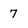
Character: 7